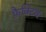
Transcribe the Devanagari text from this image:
फ़ैक्टिव